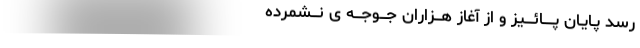
رسد پـایـان پـــــائــــیز و از آغاز هـــزاران جـــوجـــه ی نـــشمرده